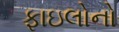
ફાઇલોનો